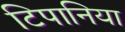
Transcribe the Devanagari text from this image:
टिपानिया